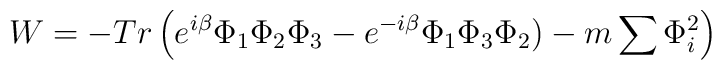
W=- Tr \left( e^{i\beta}\Phi_1\Phi_2\Phi_3-e^{-i\beta}\Phi_1\Phi_3\Phi_2)-m\sum \Phi_i^2 \right)